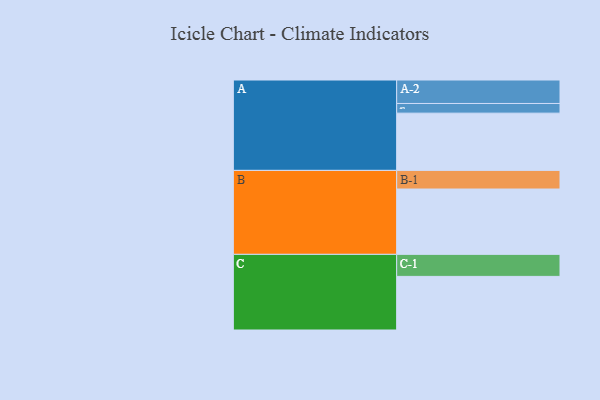
{"axis": {"x": "Segment", "y": "Value"}, "legend": ["", "A", "B", "C"], "data": [{"x": "A", "y": 473, "type": ""}, {"x": "B", "y": 540, "type": ""}, {"x": "C", "y": 443, "type": ""}, {"x": "A-1", "y": 80, "type": "A"}, {"x": "A-2", "y": 194, "type": "A"}, {"x": "B-1", "y": 154, "type": "B"}, {"x": "C-1", "y": 182, "type": "C"}]}